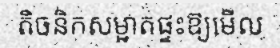
តិចនិកសម្អាតផ្ទះឱ្យមើល